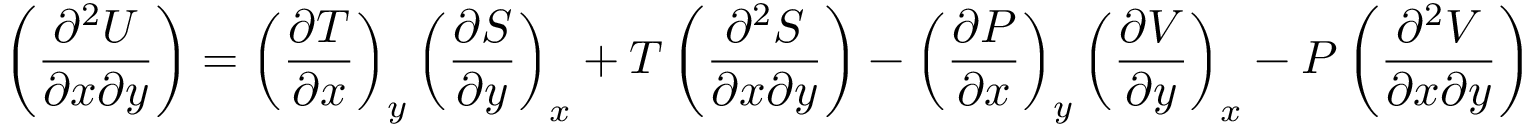
\left( { \frac { \partial ^ { 2 } U } { \partial x \partial y } } \right) = \left( { \frac { \partial T } { \partial x } } \right) _ { y } \left( { \frac { \partial S } { \partial y } } \right) _ { x } + T \left( { \frac { \partial ^ { 2 } S } { \partial x \partial y } } \right) - \left( { \frac { \partial P } { \partial x } } \right) _ { y } \left( { \frac { \partial V } { \partial y } } \right) _ { x } - P \left( { \frac { \partial ^ { 2 } V } { \partial x \partial y } } \right)